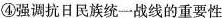
④强调抗日民族统一战线的重要性